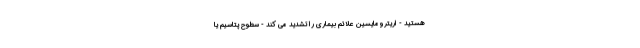
هستید - اریترومایسین علائم بیماری را تشدید می کند - سطوح پتاسیم یا